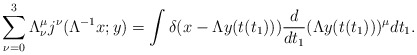
\begin{align*}\sum_{\nu = 0}^{3} \Lambda_{\nu }^{\mu } j^{\nu }(\Lambda^{- 1} x;y) =\int \delta (x - \Lambda y(t(t_{1}))) \frac{d}{dt_{1}}(\Lambda y(t(t_{1})))^{\mu } dt_{1}.\end{align*}